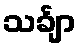
သင်္ချာ